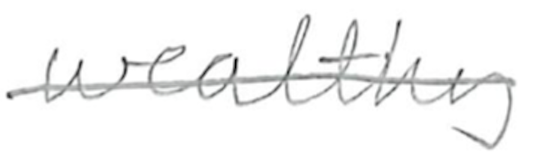
Text: wealthy
Cross-out: single-line
Writing tool: pencil